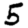
Digit: 5